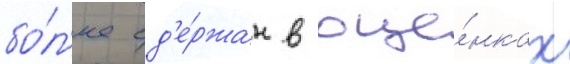
бо́л'ее сд'е́ржан в оце́нках